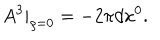
LaTeX: A ^ { 3 } | _ { \varrho = 0 } = - 2 \pi d x ^ { 0 } .